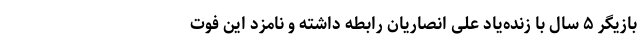
بازیگر ۵ سال با زنده‌یاد علی انصاریان رابطه داشته و نامزد این فوت